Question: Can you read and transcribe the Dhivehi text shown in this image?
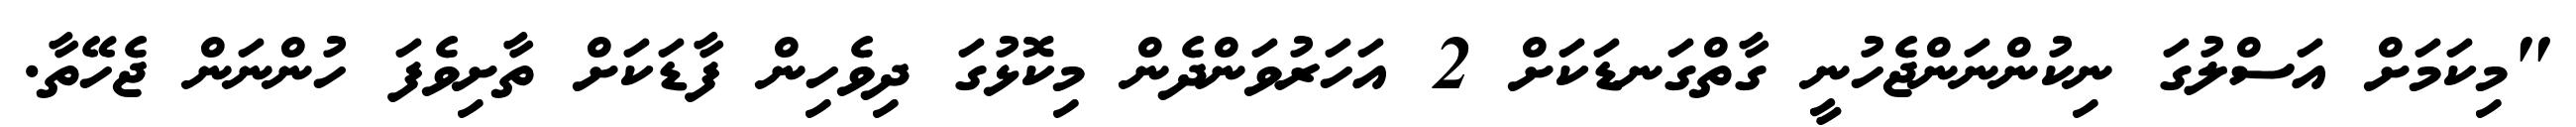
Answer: "މިކަމަށް އަސްލުގަ ނިކުންނަންޖެހުނީ ގާތްގަނޑަކަށް 2 އަހަރުވަންދެން މިކޮޅުގަ ދިވެހިން ފާޑަކަށް ތާށިވެފަ ހުންނަން ޖެހޭތާ.